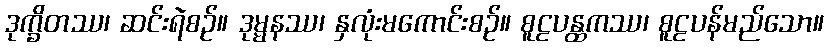
ဒုက္ခိတဿ၊ ဆင်းရဲစဉ်။ ဒုမ္မနဿ၊ နှလုံးမကောင်းစဉ်။ စူဠပန္ထကဿ၊ စူဠပန်မည်သော။